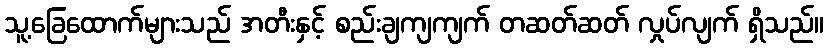
သူ့ခြေထောက်များသည် အတီးနှင့် စည်းချကျကျက် တဆတ်ဆတ် လှုပ်လျက် ရှိသည်။